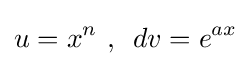
u=x^{n}{\text{ , }}\ dv=e^{ax}